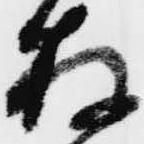
存